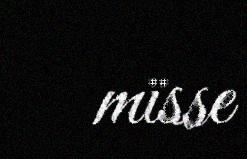
mïsse